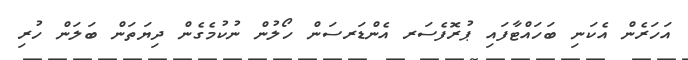
އަހަރެން އެކަނި ބަހައްޓާފައި ޕުރޮފެސަރ އެންޑަރސަން ހޯލުން ނުކުމެގެން ދިޔަތަން ބަލަން ހުރި